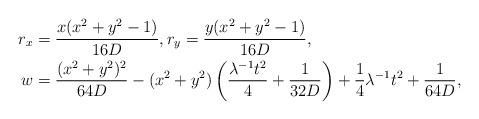
LaTeX: \begin{align*}r_x &= \frac{x(x^2+y^2-1)}{16D},r_y=\frac{y(x^2+y^2-1)}{16D},\\w&=\frac{(x^2+y^2)^2}{64D}-(x^2+y^2)\left(\frac{\lambda^{-1}t^2}{4}+\frac{1}{32D}\right)+\frac{1}{4}\lambda^{-1}t^2+\frac{1}{64D},\end{align*}